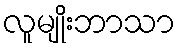
လူမျိုးဘာသာ